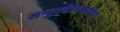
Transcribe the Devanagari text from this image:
समुपदेशकाच्या